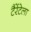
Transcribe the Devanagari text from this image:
टैरेंटेला